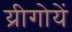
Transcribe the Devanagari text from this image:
य्रीगोयें